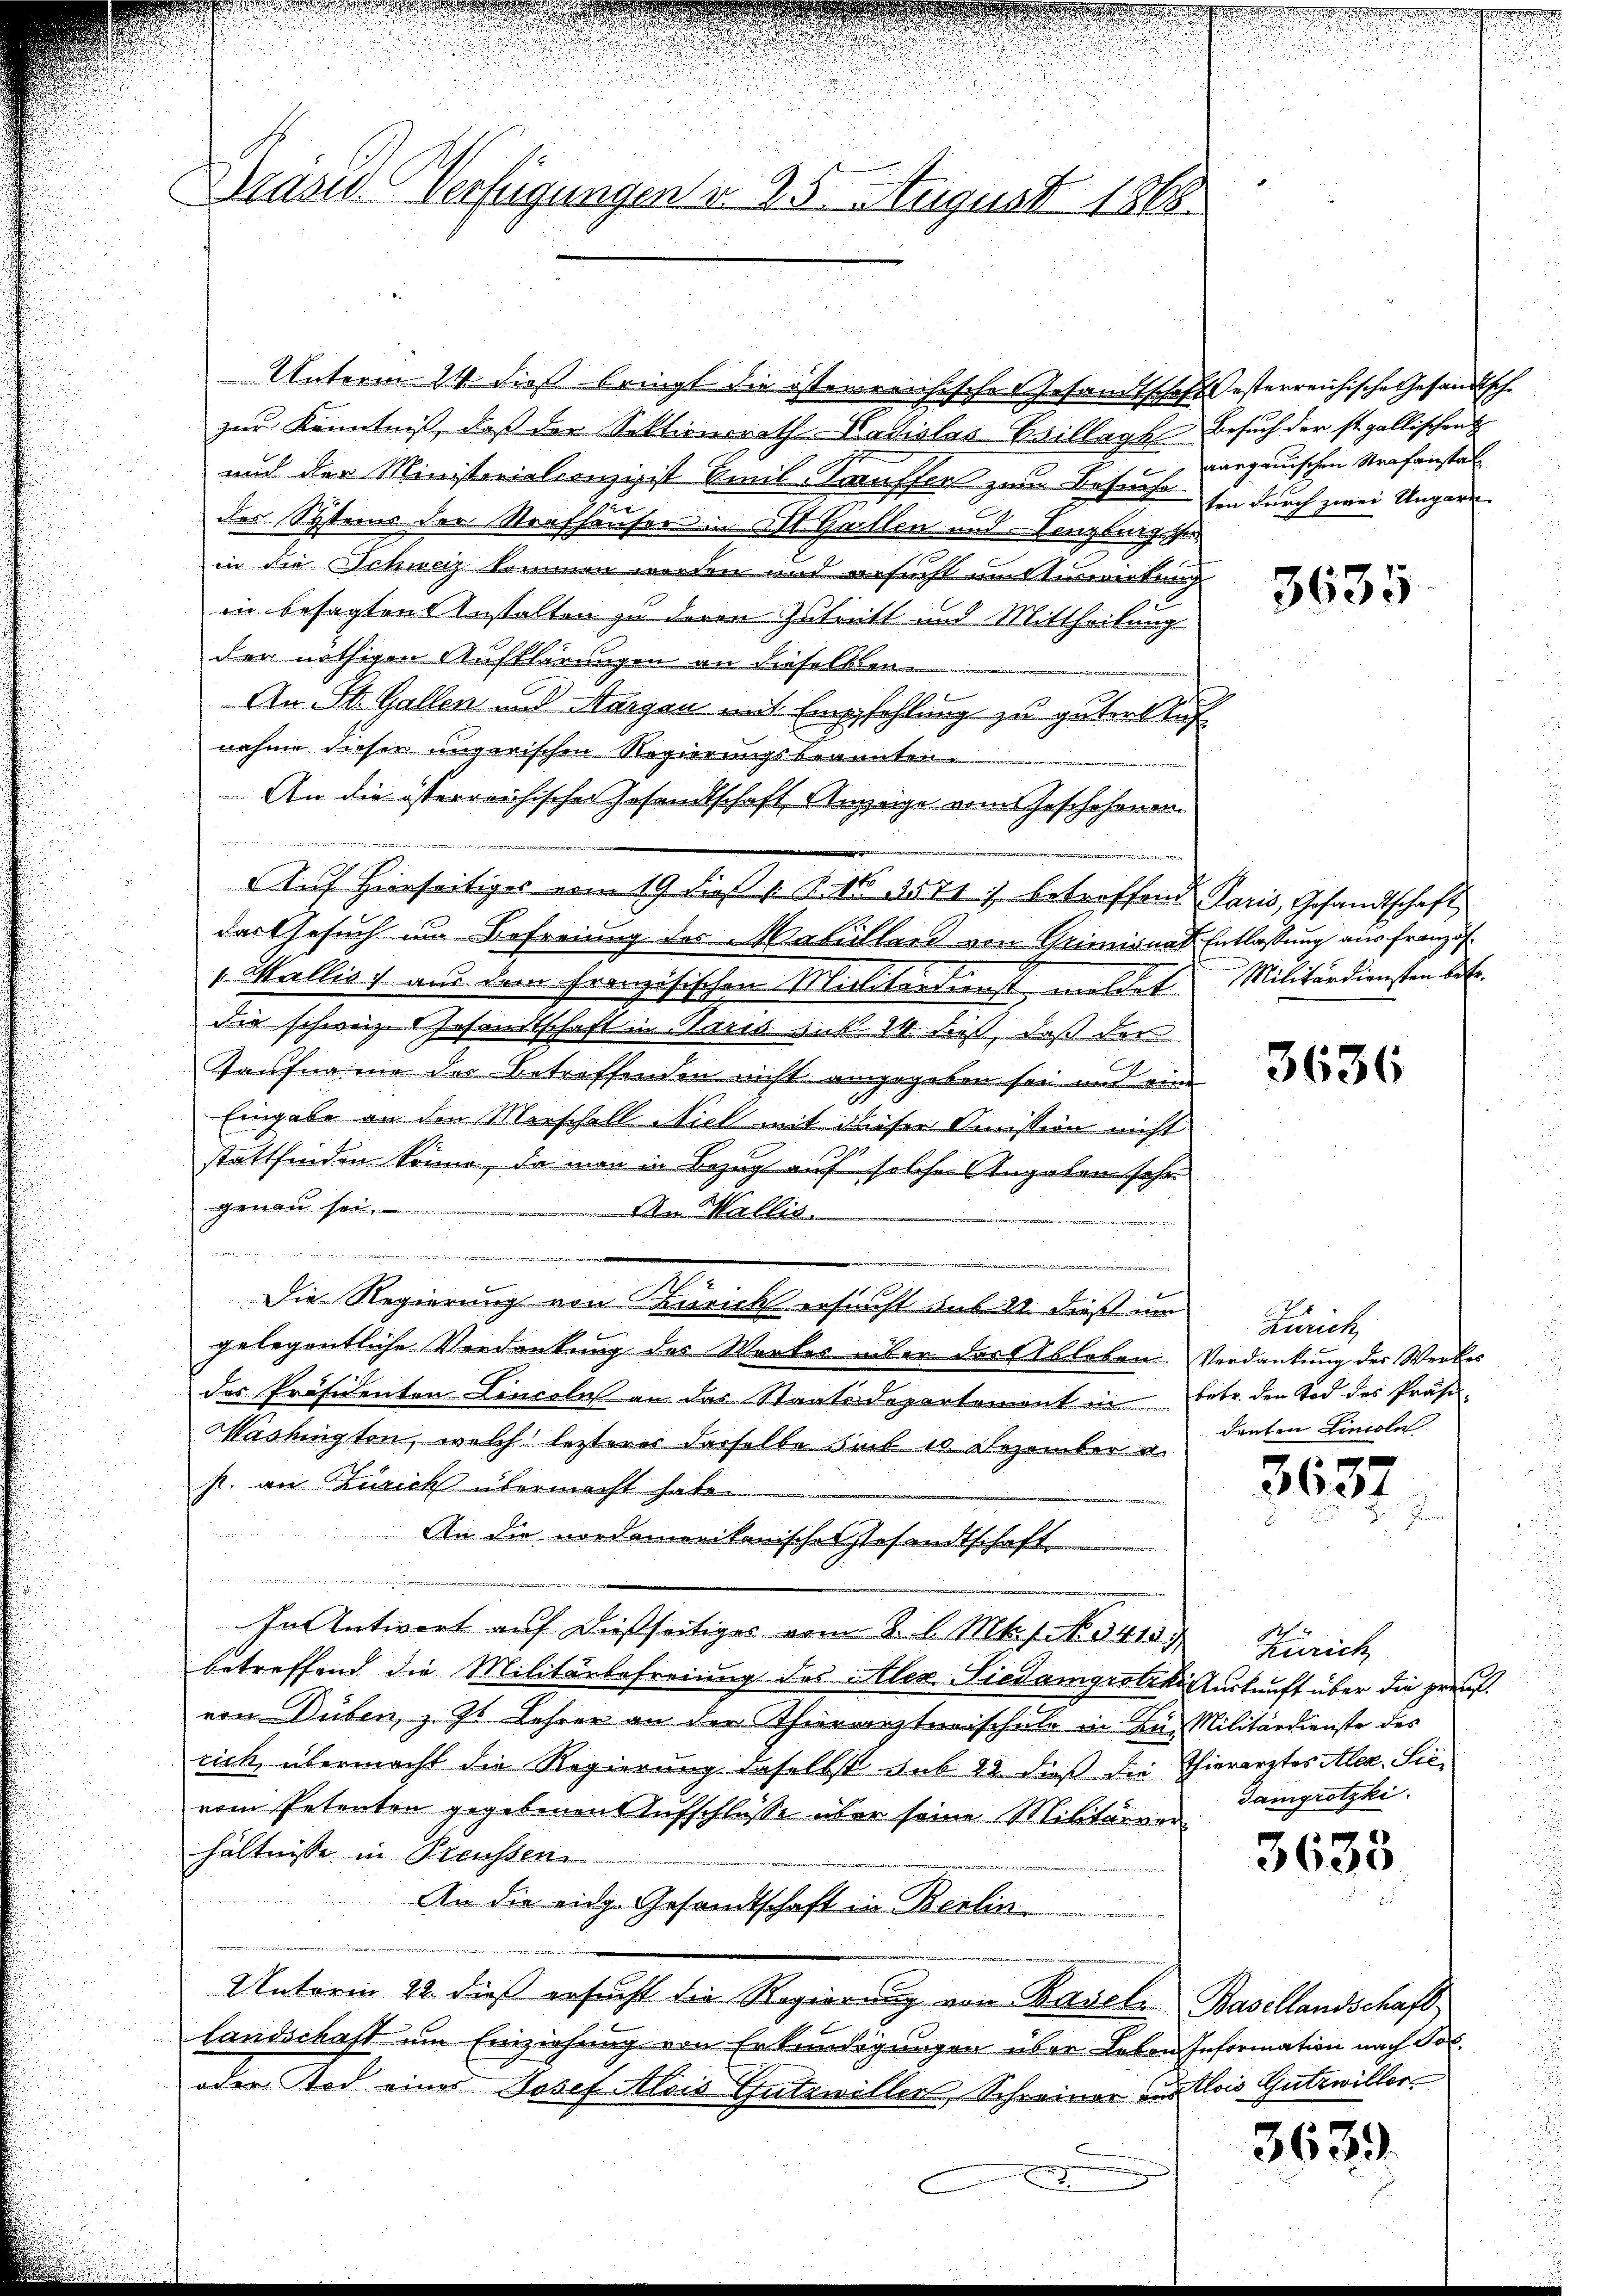
Basis Verfügungen d. 25. August 1868.

Unterm 24. dieß bringt die österreichische Gesandtschaft Oesterreichische Gesandtschzur Kenntniß, daß der Sektionsrath-Kadislas Billage Besuch der ist gallischen
und der Ministerialionzipist Emil Kauffer zum Besuche hin durch zwei Ungari
der Steins der Strafhäuser in St. Gallen und Denzling ge
in die Schweiz kommen worden und ersucht um Einwirkung
in besagten Anstalten zu deren Zutritt und Mittheilung
der nöthigen Aufklärungen an dieselkam
An St. Gallen und Aargau mit Empfehlung zu gutert
nahme dieser ungerischen Regierungsbrannten.
An die österreichischer Gesandtschaft Anzeige vom Geschehenen
n
Auf Hierseitiges vom 19. dieß 1 S. 16, 3541) betroffend Paris, Gesandtschaft,
das Gesuch im Befreiung des Matillard von Griminal-Entlassung aus Französ
" Wallis, aus dem französischen Militärdienst meldet. Militärdiensten betr.
die schweiz. Gesandtschaft in Paris sub 14. daß, daß der
Taufname der Betroffenden nicht angegeben sei und ein
Eingabe an den Marschall Nich mit dieser Smission nicht
stattfinden Sonne, da man in Bezug auf solche Angaben sehr
genau sei. A. Mellis
m ein Ruineins vacante
.
Die Regierung von Zürich ersucht sub 22 dieß um
gelegentliche Verdankung des Wertes über der Ableben Verdankung des Werkes
des Präsidenten Concolns an das Staatsdepartement in betr. den Tod des Präsi-
Washington, welch lezteres derselbe sub 10 Dezember u.
p. an Zürich übermacht habe.
An die nordamerikanisches Gesandtschaft
In Antwort auf dießseitiges vom 8. l. Mts. f. No. 34159.
betreffend die Militärbefreiung des Alex. Siedamgrotzki Auskunft über die preuß
von Düben, z. Gs Lehrer an der Thierarztneischule in Lun Militärdienste des
rich, übermacht die Regierung daselbst sub 22. dieß die Thierarztes Alex. Sievom Petenten gegebenen Aufschlüsse über seine Militärgerhältnisse in Preussen.
An die eidg. Gesandtschaft in Berlin
Unterm 12. dieß ersucht die Regierung von Basele Basellandschaft,
Landschaft um Einziehung von Erkundigungen über Leben Information nach Sol¬
oder Tod eines Josef Alois Gutewillen, Schreiner Castlois Gutswiller

aargauischen Strafanstal

n

3635

3636

Zürich,
denten Lincola

3637

Zürich
Tamgrotzki.

3633

3639

u